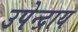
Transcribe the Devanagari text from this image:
उपेन्द्राय